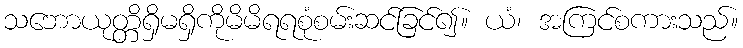
သဘောယုတ္တိရှိမရှိကိုမိမိရရစုံစမ်းဆင်ခြင်၍။ ယံ၊ အကြင်စကားသည်။